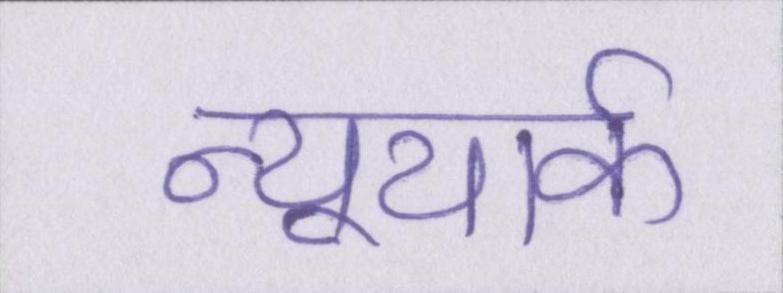
न्यूयार्क